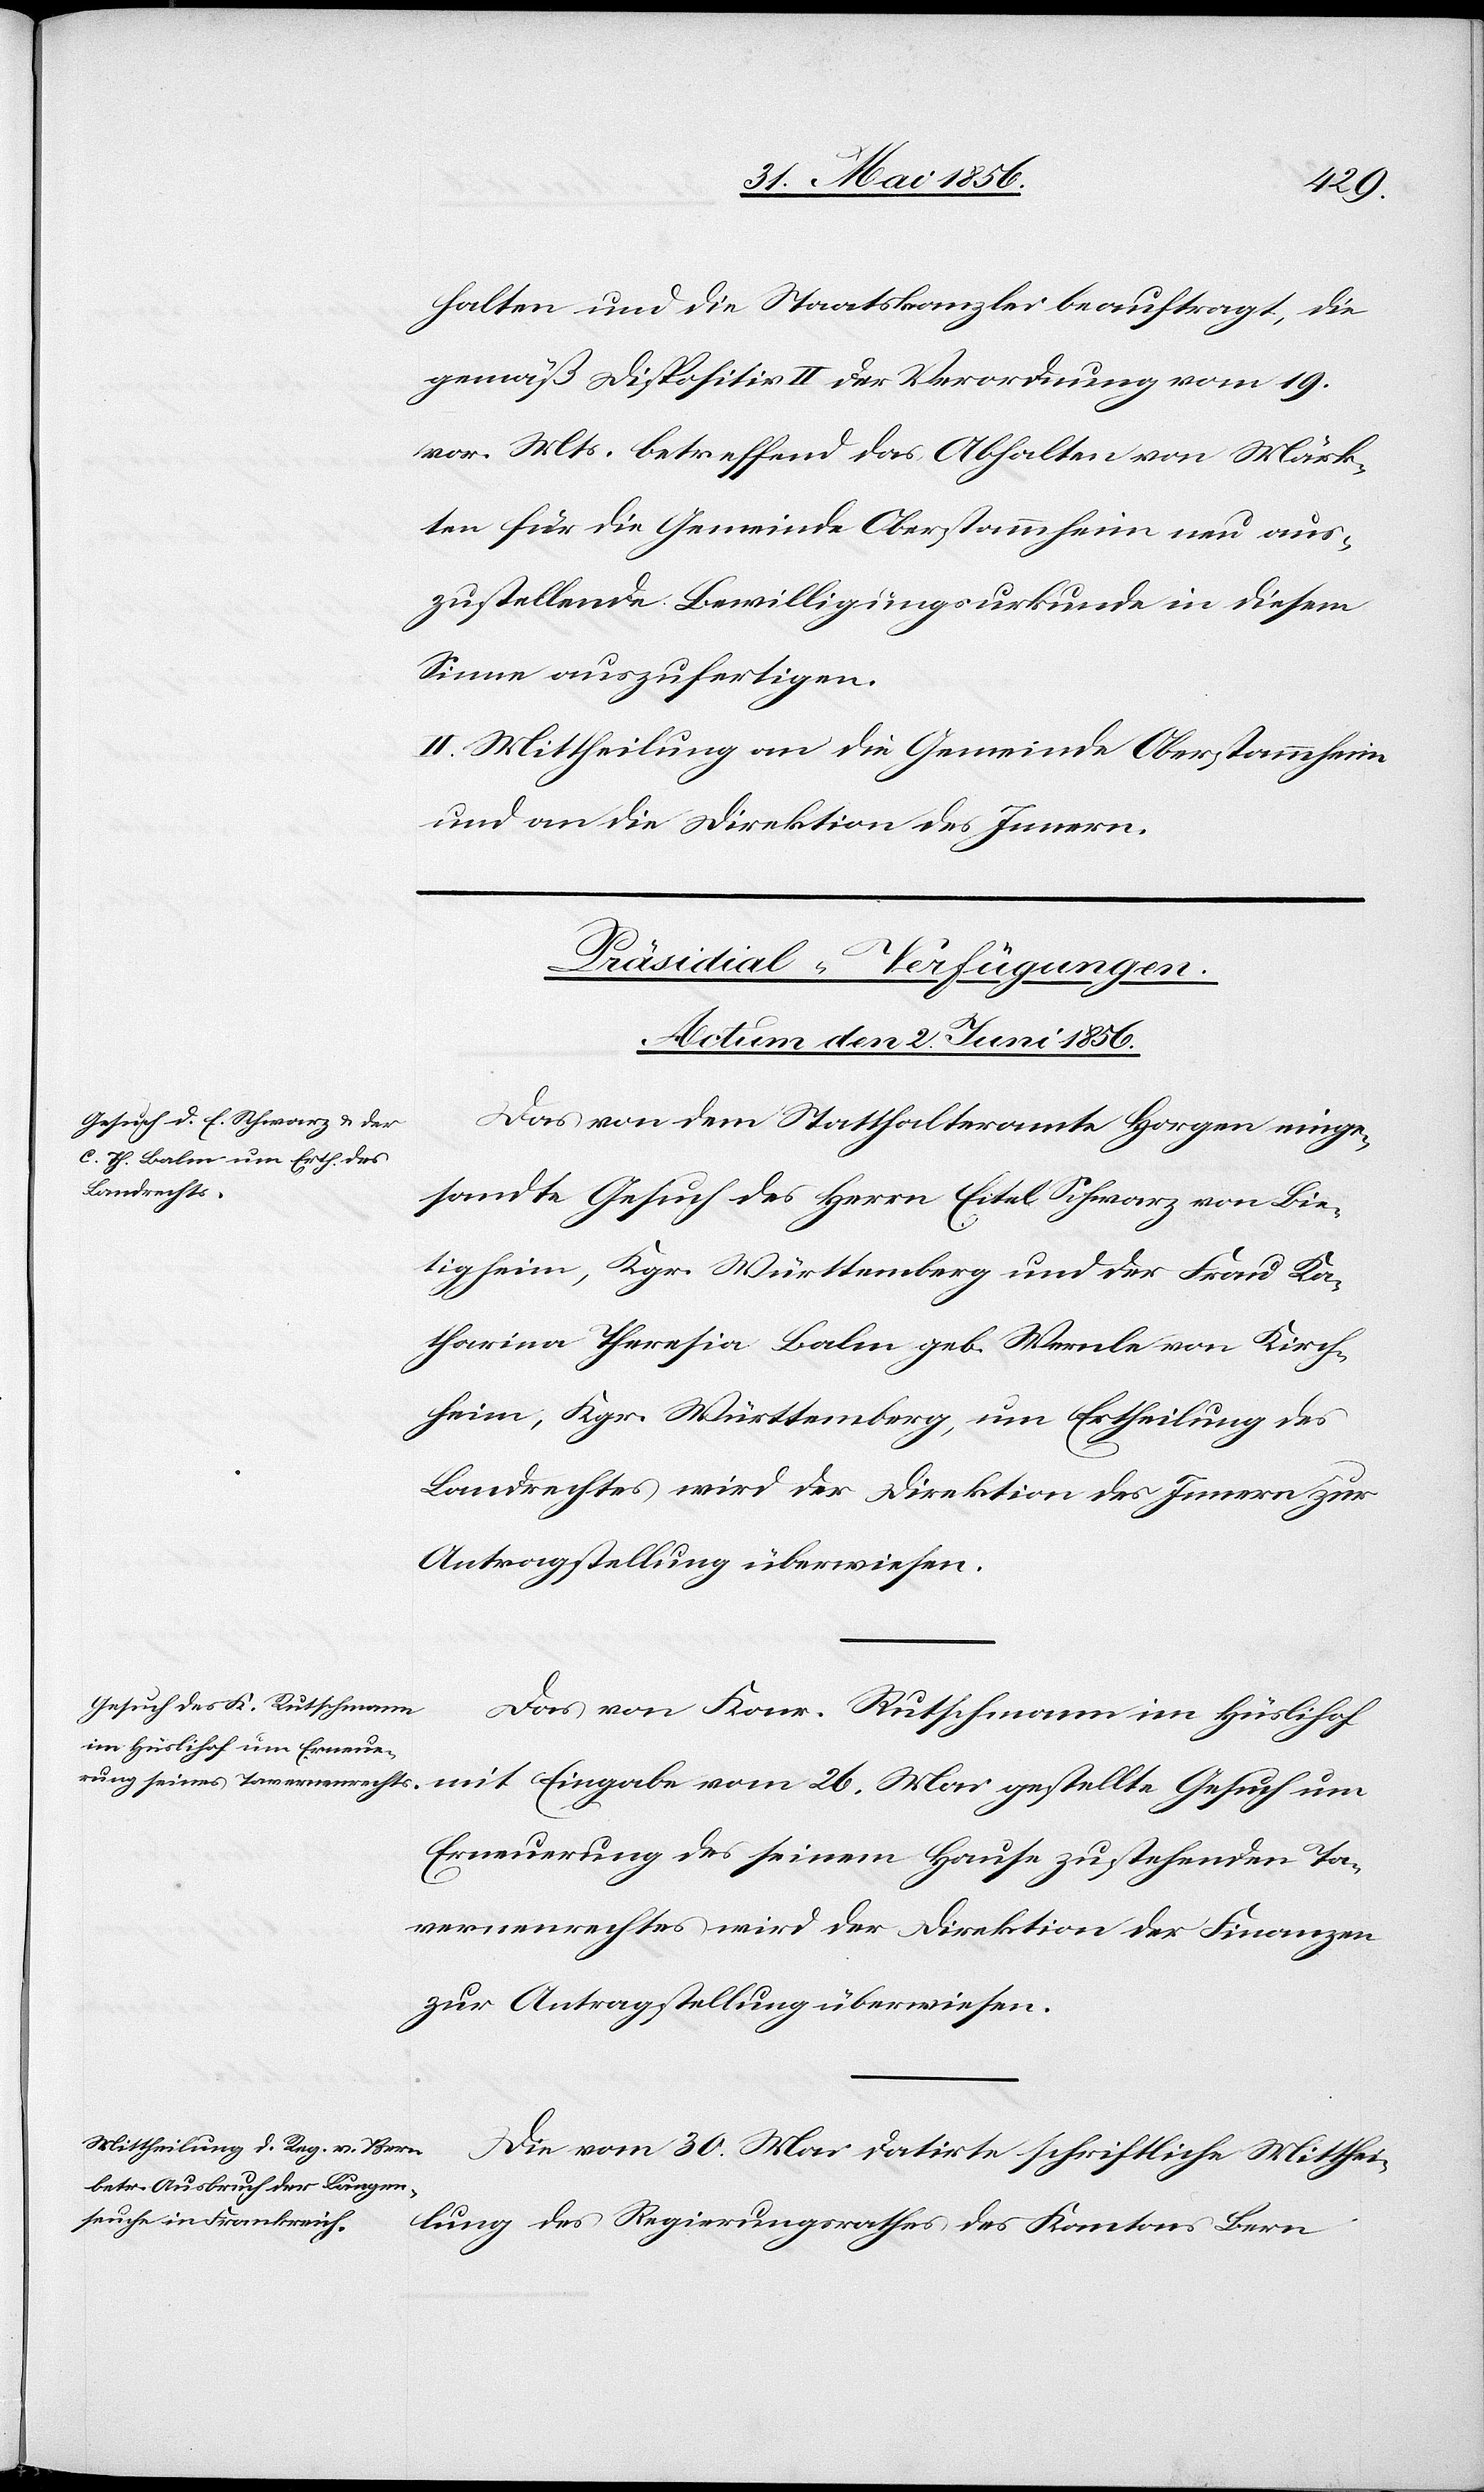
Mai
halten und die Staatskanzlei beauftragt, die
gemäß Dispositiv II der Verordnung vom 19.
vor. Mts. betreffend das Abhalten von Märk¬
ten für die Gemeinde Oberstammheim neu aus¬
zustellende Bewilligungsurkunde in diesem
Sinne auszufertigen.
II. Mittheilung an die Gemeinde Oberstammheim
und an die Direktion des Innern.
[Präsidial-Verfügungen.
Actum den 2. Juni 1856.]
Das von dem Statthalteramte Horgen einge¬
Gesuch um
sandte Gesuch des Herrn Eitel Schwarz von Bie¬
tigheim, Kgr. Württemberg und der Frau Ka¬
tharina Theresia Balm geb. Wernle von Kirch¬
heim, Kgr. Württemberg, um Ertheilung des
Landrechtes wird der Direktion des Innern zur
Antragstellung überwiesen.
Das von Konr. Rutschmann im Hüslihof
Erneuerung des seinem Hause zustehenden Ta¬
vernenrechtes wird der Direktion der Finanzen
zur Antragstellung überwiesen.
Die vom 30. Mai datirte schriftliche Mitthei¬
lung des Regierungsrathes des Kantons Bern